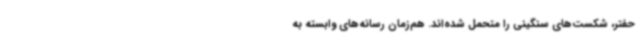
حفتر، شکست‌های سنگینی را متحمل شده‌اند. هم‌زمان رسانه‌های وابسته به